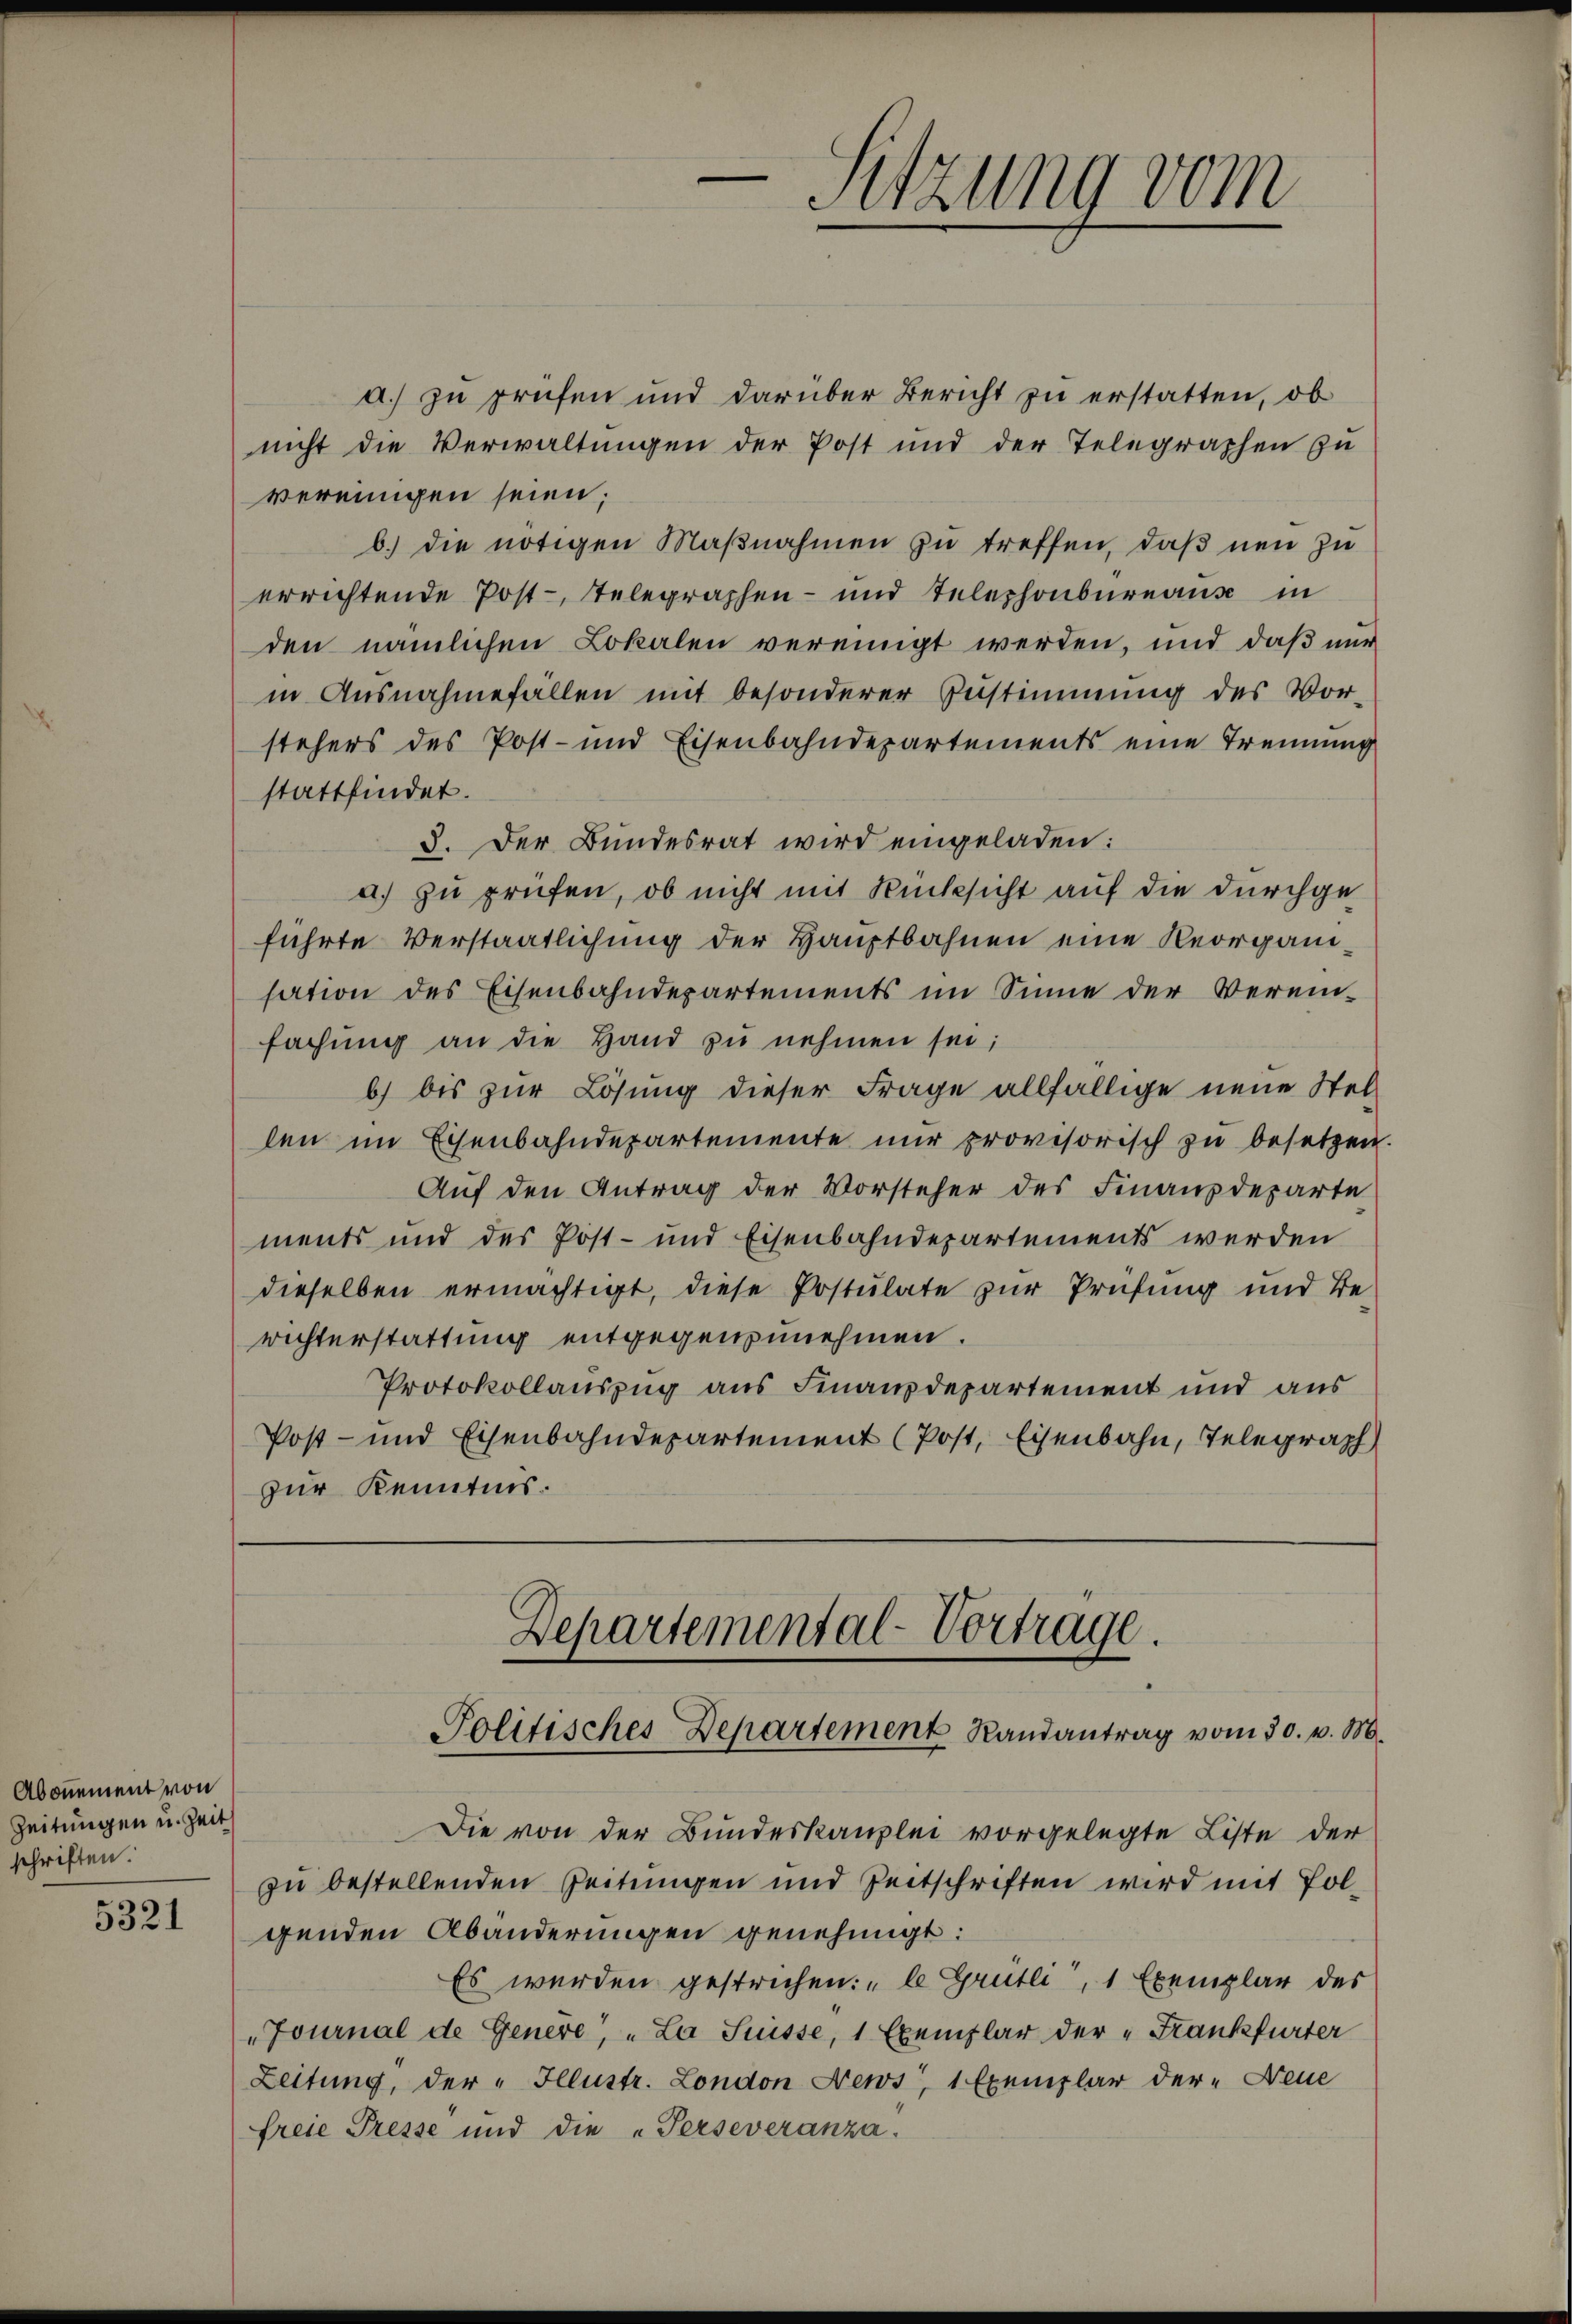
Abon̅ement von
Zeitungen u. Zeit
schriften.

5321

a.) zu prüfen und darüber Bericht zu erstatten, ob
nicht die Verwaltungen der Post und der Telegraphen zu
vereingen seien;
b.) die nötigen Maβnahmen zu treffen, daß neu zu
errichtende Post-Telegraphen- und Telephonbureaus in
den nämlichen Lokalen vereinigt werden, und daß nur
in Ausnahmefällen mit besonderer Zustimmung des Vorstehers des Post- und Eisenbahndepartements eine Trennung
stattfindet.
3. Der Bundesrat wird eingeladen:
a) zu prüfen, ob nicht mit Rücksicht auf die durchgeführte Verstaatlichung der Hauptbahnen eine Reorganisation des Eisenbahndepartements im Sinne der Verein-
fachŭng an die Hand zŭ nehmen sei;
b) bis zur Lösung dieser Frage allfällige neue Stellen im Eisenbahndepartemente nur provisorisch zu besetzen.
Auf den Antrag der Vorsteher des Finanzdeparte
ments und des Post- und Eisenbahndepartements werden
dieselben ermächtigt, diese Postulate zur Prüfung und Be-
wichterstattung entgegenzunehmen.
Protokollauszug aus Finanzdepartement und aus
Post- und Eisenbahndepartement (Post, Eisenbahn, Telegraph
zur Kenntnis.

Sitzung vom

Departemental-Vortrage.
Politisches Departement Randantrag vom 30. v. M.

Die von der Bundeskanzlei vorgelegte Liste der
zu bestellenden Zeitungen und Zeitschriften wird mit Polgenden Abänderungen genehmigt:
Es werden gestrichen: „le Grütli, 1 Exemplar des
Journal de Genere, „La Suisse, 1 Exemplar der „Frankfurter
Leitung, der „Illustr. London News, 1 Exemplar der „Neue
freie Presse und die „Perseveranza.